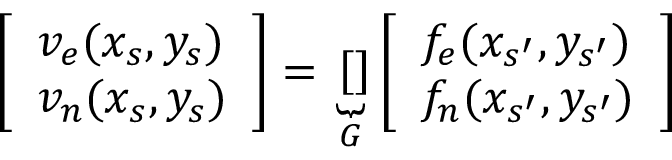
\left[ \begin{array} { l } { v _ { e } ( x _ { s } , y _ { s } ) } \\ { v _ { n } ( x _ { s } , y _ { s } ) } \end{array} \right] = \underbrace { \left[ \begin{array} { l l l } \end{array} \right] } _ { G } \left[ \begin{array} { l } { f _ { e } ( x _ { s ^ { \prime } } , y _ { s ^ { \prime } } ) } \\ { f _ { n } ( x _ { s ^ { \prime } } , y _ { s ^ { \prime } } ) } \end{array} \right]